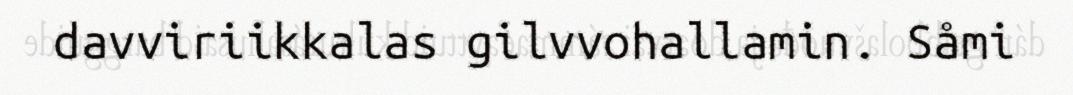
davviriikkalas gilvvohallamin. Såmi